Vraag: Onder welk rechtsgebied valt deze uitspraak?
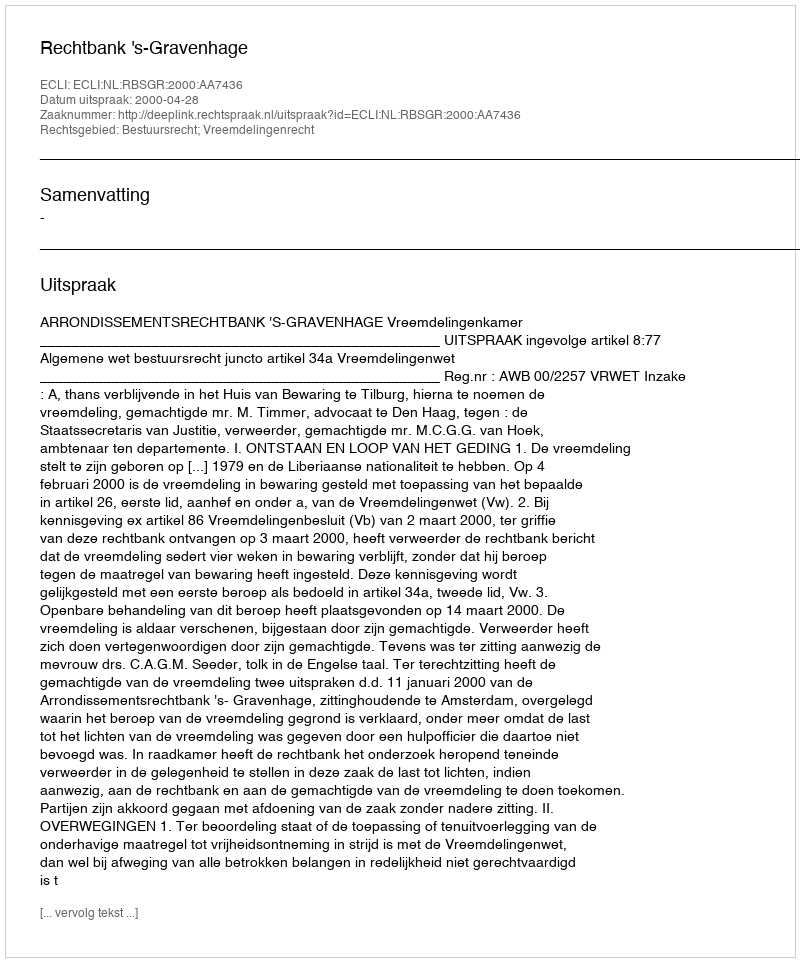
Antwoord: Bestuursrecht; Vreemdelingenrecht